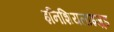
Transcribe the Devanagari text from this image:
इनिशियलाइज़्ड